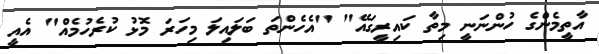
އާތީމެންގެ ހުންނަނީ މިތާ ކައިރީގައޭ" "އެހެންތަ ބަލައިލަ މިހަރަ މޮޅު ކުރެހުމެއް" އެއީ